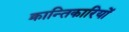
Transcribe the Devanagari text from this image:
क्रान्‍तिकारियों